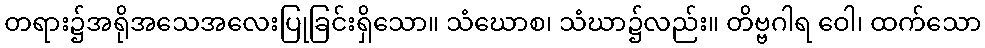
တရား၌အရိုအသေအလေးပြုခြင်းရှိသော။ သံဃောစ၊ သံဃာ၌လည်း။ တိဗ္ဗဂါရ ဝေါ၊ ထက်သော